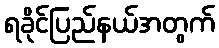
ရခိုင်ပြည်နယ်အတွက်